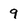
Character: 9